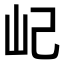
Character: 屺